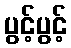
ပွင့်ပွင့်